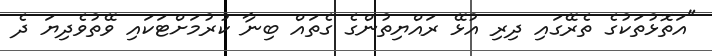
"އަތޮޅުތަކުގެ ތެރޭގައި ދިރި އުޅޭ ރައްޔިތުންގެ ގެތައް ބިނާ ކުރުމަށްޓަކައި ވޭތުވެދިޔަ ދެ